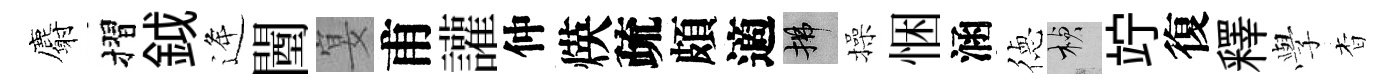
麝摺鉞逄闉宴甫讙仲煐疏頗適拂操悃涵徳楨竚復釋𫝯杳